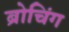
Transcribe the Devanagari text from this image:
ब्रोचिंग